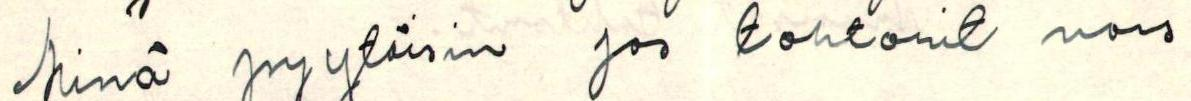
Minä pyytäisin jos tohtorit vois